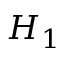
{ \cal { H } } _ { 1 }